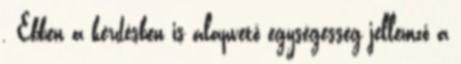
. Ebben a kérdésben is alapvető egységesség jellemző a